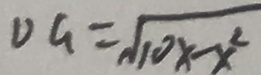
D G = \sqrt { 1 0 x - x ^ { 2 } }